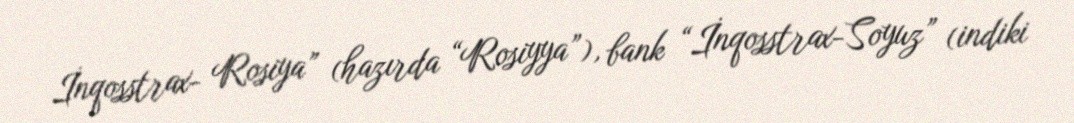
İnqosstrax- Rosiya” (hazırda “Rosiyya”), bank “İnqosstrax-Soyuz” (indiki